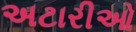
અટારીઓ